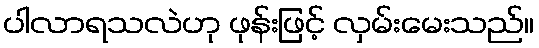
ပါလာရသလဲဟု ဖုန်းဖြင့် လှမ်းမေးသည်။